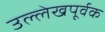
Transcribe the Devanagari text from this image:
उल्लेखपूर्वक